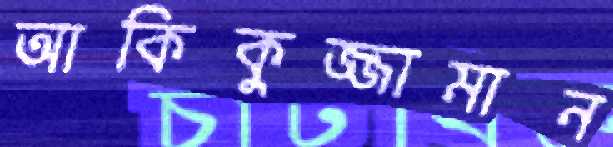
আকিকুজ্জামান